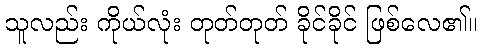
သူလည်း ကိုယ်လုံး တုတ်တုတ် ခိုင်ခိုင် ဖြစ်လေ၏။